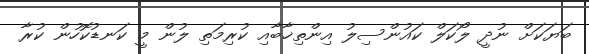
ބަޔަކަށް ނުދީ ލޯކަލް ކައުންސިލު އިންތިޚާބާއި ކުރިމަތި ލުން މީ ކަނޑުކޮހުން ކުރާ